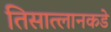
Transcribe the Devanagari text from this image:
तिसात्लानकडे